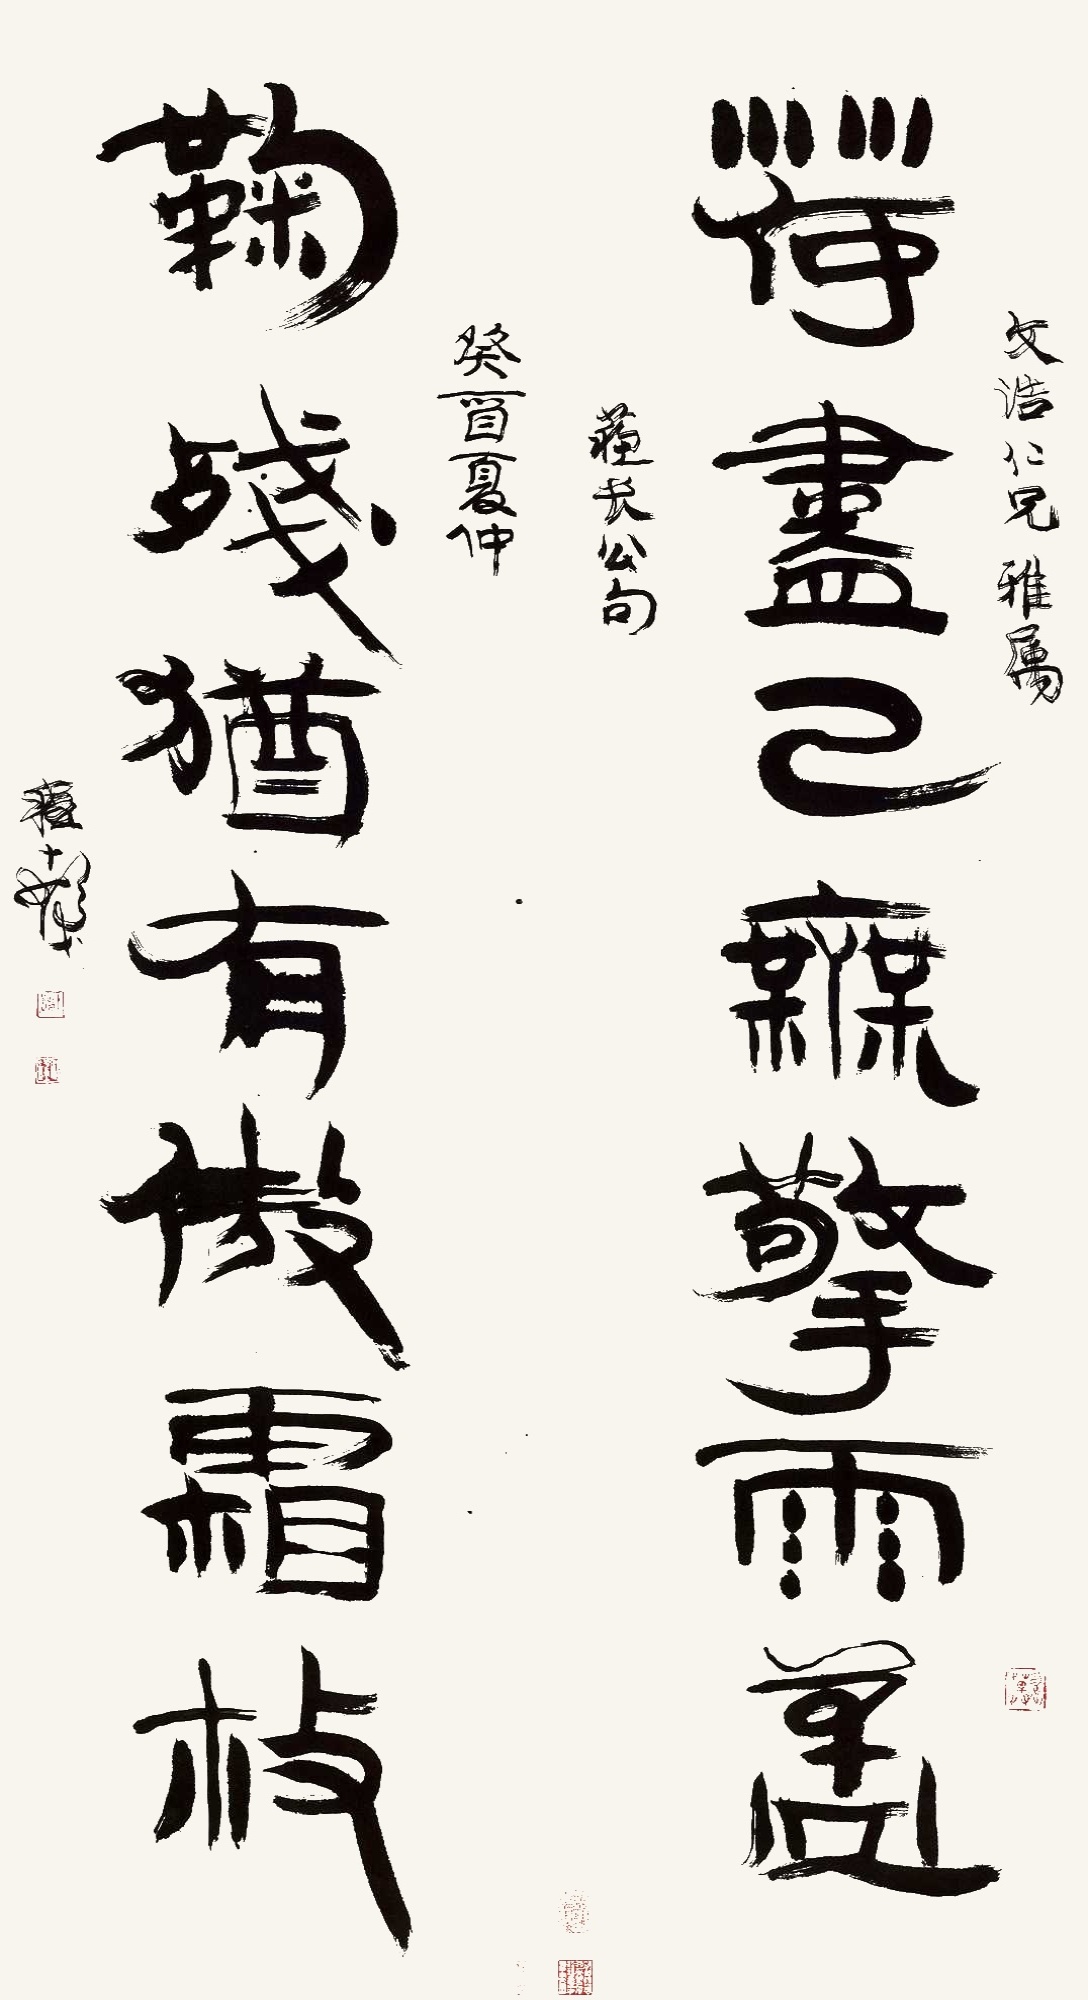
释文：荷尽已无擎雨盖，菊残犹有傲霜枝。文浩仁兄雅属。苏长公句。癸酉夏仲，程十发。